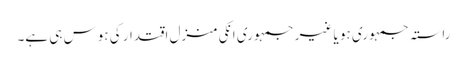
راستہ جمہوری ہو یا غیر جمہوری انکی منزل اقتدار کی ہوس ہی ہے۔